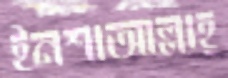
ইনশাআল্লাহ্